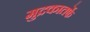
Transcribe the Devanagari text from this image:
मुद्रकातर्फे